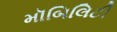
મૉબિલિટી